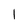
Character: 1